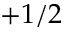
+ 1 / 2